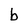
Character: b